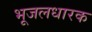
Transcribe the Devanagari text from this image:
भूजलधारक